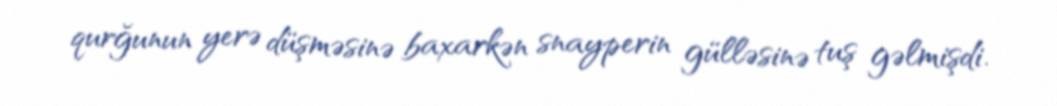
qurğunun yerə düşməsinə baxarkən snayperin gülləsinə tuş gəlmişdi.